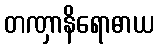
တဏှာနိရောဓာယ